Vital statistics of India. Vol. VI, European troops 1870-79
Year: 1870
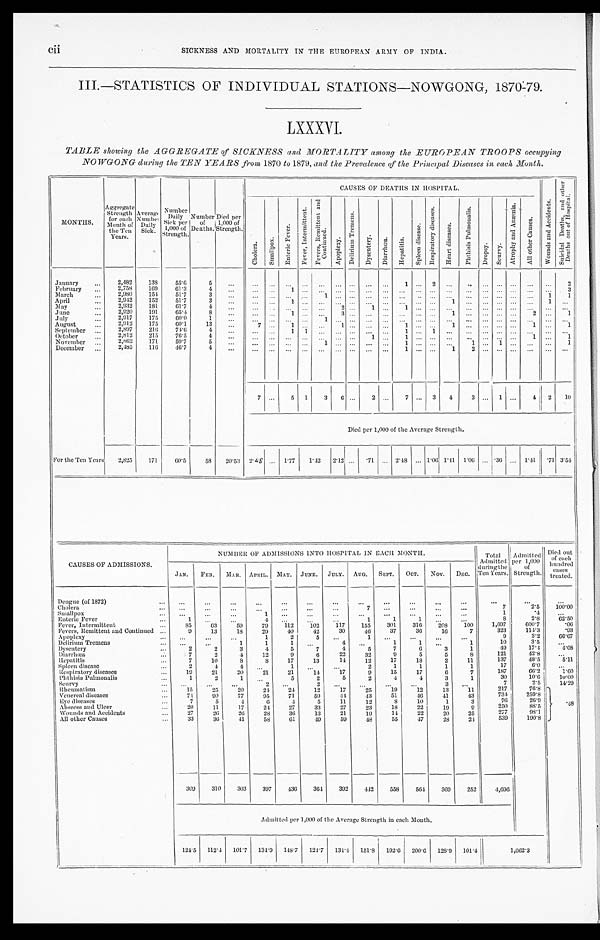
cii
SICKNESS AND MORTALITY IN THE EUROPEAN ARMY OF INDIA.
III.—STATISTICS OF INDIVIDUAL STATIONS—NOWGONG, 1870-79.
LXXXVI.
TABLE showing the AGGREGATE of SICKNESS and MORTALITY among the EUROPEAN TROOPS occupying
NOWGONG during the TEN YEARS from 1870 to 1879, and the Prevalence of the Principal Diseases in each Month.
MONTHS.
Aggregate Strength
for each
Month of
the Ten
Years.
Average Number Daily
Sick.
Number D a i l y
Sick Per
1,000 of
Strength.
Number of
Deaths.
Died per
1,000 of
Strength.
CAUSES OF DEATHS IN HOSPITAL.
W o u n d s a n d A c c i d e n t s .
S u i d a l D e a t h s , a n d o t h e r d e a t h s o u t o f H o s p i t a l .
C h o l e r a .
S m a l l p o x
E n t e r i c F e v e r .
F e v e r , I n t e r m i t t e n t
F e v e r , R e m i t t e n t a n d
C o n t i n u e d .
A p o p l e x y
D e l i r i u m T r e m e n s .
D y s e n t e r y . D i a r r h œ a . H e p a t i t i s .
S p l e e n d i s e a s e . R e s p i r a t o r y d i s e a s e s .
H e a r t d i s e a s e s .
P h t h i s i s P u l m o n a l i s .
D r o p s y S c u r v y .
A t r o p h y a n d A n æ m i a . A l l o t h e r C a u s e s .
January
2 , 4 8 2 138
55.6
5
1
2
2
February
2,758 169
61.3
4
1
3
March
2,980 154 51.7
3
1
1 1
April
2,912 152
51.7
3
1
1
1
M a y
2,932 181
61.7
4
2 1
1
June
2,920 191
65.4
8
1
3
1
2
1
July
2,917 175
60.0
1
1
August
2,912 175
60.1
13
7
1
1
1
1
1
1
September
2,897 216
74.6
4
1 1
1
1
October
2,812 215
76.5
4
1
1
1
1
November
2,862 171
59.7
5
1
1
1
1
1
December
2,485 116 46.7
4
1
1 2
7
5 1 3 6
2
7
3 4 3
1
4 2 10
Died per 1,000 of the Average Strength.
For the Ten Years 2,825 171 60.5
58 20.53 2.48
1.77 1. 42 2.12
.71
2.48
1.06 1.41 1.06 .36
1. 41 .71 3 . 5 4
CAUSES OF ADMISSIONS.
NUMBER OF ADMISSIONS INTO HOSPITAL IN EACH. MONTH
Total
Admitted d u r i n g t h e
T e n Y e a r s . A d m i t t e d p e r 1 , 0 0 0 o f S t r e n g t h .
Died out
of each
hundred cases treated.
JAN. FEB. MAR. APRIL. May. JUNE. JULY. AUG. SEPT. OCT. NOV. DEC.
Dengue (of 1872)
Cholera
7
7
2. 5
1 0 0 . 0 0
Smallpox
1
1
1
.4
Enteric Fever
1
4
1
1
1
8
2. 8
6 2 . 5 0
Fever, Intermittent
85
63 59
79 112 102 117 155 301 316 208 100
1,697
600.7
. 0 6
Fevers, Remittent and Continued
9
13
18
29
40
42
30
46
37
36
16
7
323
114.3
.93
Apoplexy
1
2
5
1
9
3.2
6 6 . 6 7
Delirium Tremens
1
1
1
4
1
1
1
10
3.5
Dysentery
2
2
3
4
5
7
4
5
7
6
3
1
49
17.4
4 . 0 8
Diarrhœa
7
2
4
12
9
6
22
32
9
5
5
8
121
42. 8
Hepatitis
7
10
8
8
17
13
14
12
17
18
2
11
137
48.5
5 . 1 1
Spleen disease
2
4
4
1
2
1
1
1
1
17
6. 0
Respiratory diseases
19
21
20
21
21
14
17
9
15
17
6
7
187
66. 2
1.60
Phthisis Pulmonalis
1
2
1
5
2
5
2
4
4
3
1
30
10. 6
1 0 . 0 0
Scurvy
2
2
3
7
2.5
1 4 . 2 9
Rheumatism
15
2 5
20
24
24
12
17
25
19
12
13
11
217
76. 8
.48
Venereal diseases
74 90
77
95
71
59
44
43
51 46
41
43
734 259.8
Eye diseases
7
5
4
6
4
5
11
12
8
10
1
3
76
26.9
Abscess and Ulcer
20
11
17
24
27
33
27
23
18
22
19
9
250
88. 5
Wounds and Accidents
2 7 26
26
28
36
13
21
19
14
22
20
25
277
98.1
All other Causes
33
36
41
58
61
49
59
48
55
47
28
24
539
190.8
309 310 303 397 436 364 392 442 558 564 369 252
4,696
Admitted per 1,000 of the Average Strength in each Month.
124.5 112.4 101.7 134.9 148.7 124.7 134.4 151.8 192.6 200.6 128.9 101.4
1 , 6 6 2 . 3